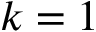
k = 1